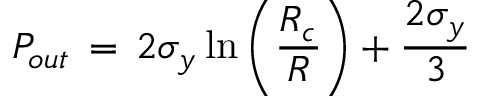
P _ { o u t } \, = \, 2 \sigma _ { y } \ln \left( \frac { R _ { c } } { R } \right) + \frac { 2 \sigma _ { y } } { 3 }